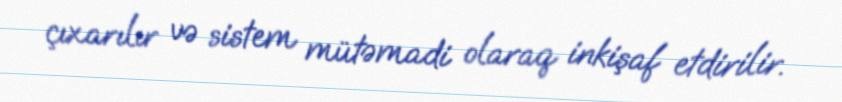
çıxarılır və sistem mütəmadi olaraq inkişaf etdirilir.